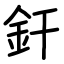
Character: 釬